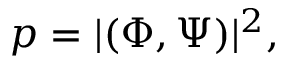
p = | ( \Phi , \Psi ) | ^ { 2 } ,